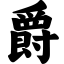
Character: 爵